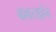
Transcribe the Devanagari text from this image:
बाबसाहेब